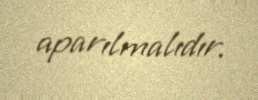
aparılmalıdır.